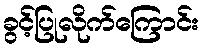
ခွင့်ပြုလိုက်ကြောင်း